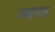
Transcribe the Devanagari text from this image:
म्कपा